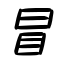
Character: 冒